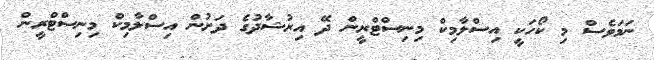
ނަމަވެސް މި ކޯހަކީ އިސްލާމިކް މިނިސްޓްރީން ދޭ އިރުޝާދުގެ ދަށުން އިސްލާމިކް މިނިސްޓްރީން